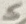
Text: S